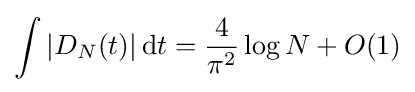
\int |D_{N}(t)|\,\mathrm {d} t={\frac {4}{\pi ^{2}}}\log N+O(1)